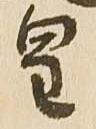
皇